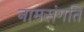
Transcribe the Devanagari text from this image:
नामसंगति